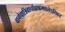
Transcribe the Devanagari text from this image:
वागेवात्रिवार्चाह्यन्नमद्यतेऽत्तिहर्